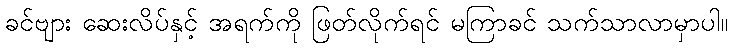
ခင်ဗျား ဆေးလိပ်နှင့် အရက်ကို ဖြတ်လိုက်ရင် မကြာခင် သက်သာလာမှာပါ။